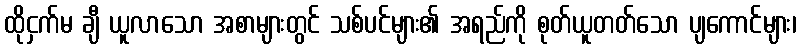
ထိုငှက်မ ချီ ယူလာသော အစာများတွင် သစ်ပင်များ၏ အရည်ကို စုတ်ယူတတ်သော ပျကောင်များ၊